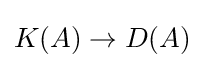
K(A)\rightarrow D(A)